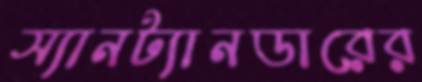
স্যানট্যানডারের